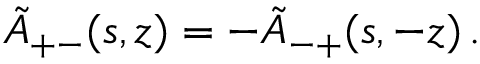
\tilde { { \cal A } } _ { + - } ( s , z ) = - \tilde { { \cal A } } _ { - + } ( s , - z ) \, .